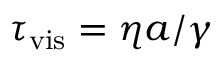
\tau _ { \mathrm { v i s } } = \eta a / \gamma